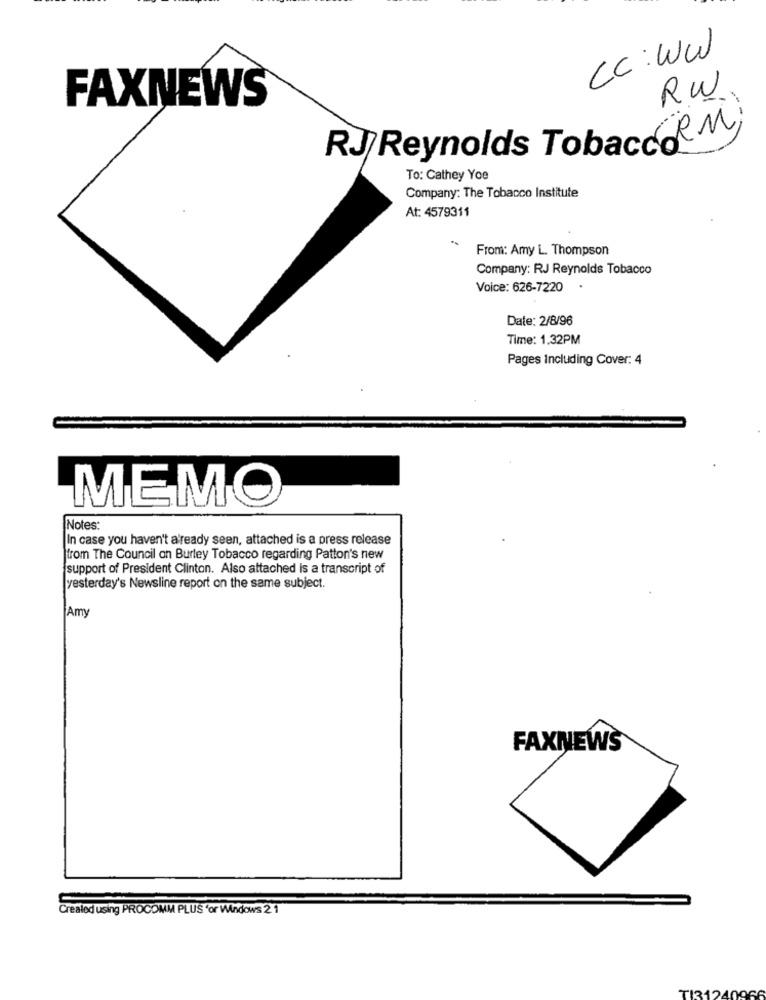
Cc:WW
RW
FAXNEWS
RJ Reynolds TobaccoRM)
To: Cathey Yoe
Company: The Tobacco Institute
At: 4579311
From: Amy L. Thompson
Company: RJ Reynolds Tobacco
Voice: 626-7220
Date: 2/8/96
Time: 1.32PM
Pages Including Cover: 4
MEMO
Notes:
In case you haven't already seen, attached is a press release
from The Council on Burley Tobacco regarding Patton's new
support of President Clinton. Also attached Is a transcript of
yesterday's Newsline report on the same subject.
Amy
FAXNEWS
Created using PROCOMM PLUS for Windows 21
TI3.